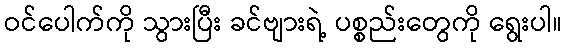
ဝင်ပေါက်ကို သွားပြီး ခင်ဗျားရဲ့ ပစ္စည်းတွေကို ရွေးပါ။